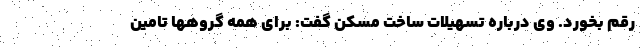
رقم بخورد. وی درباره تسهیلات ساخت مسکن گفت: برای همه گروهها تامین